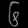
Digit: ၆